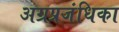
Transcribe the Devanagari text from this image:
अग्रप्रजंधिका